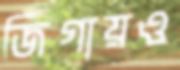
জিগায়ও